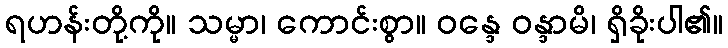
ရဟန်းတို့ကို။ သမ္မာ၊ ကောင်းစွာ။ ဝန္ဒေ ဝန္ဒာမိ၊ ရှိခိုးပါ၏။